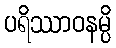
ပရိဿာဝနမ္ပိ